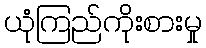
ယုံကြည်ကိုးစားမှု